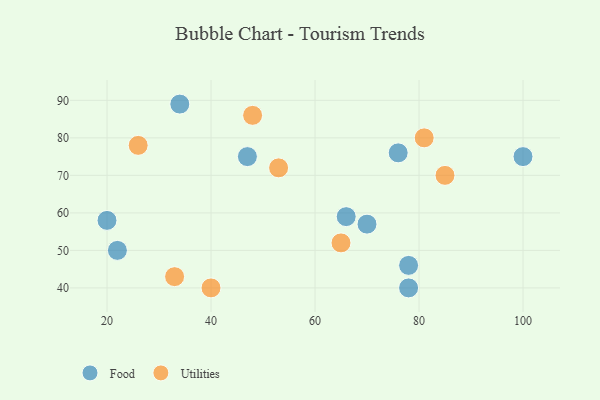
{"axis": {"x": "GDP", "y": "Life Expectancy"}, "legend": ["Food", "Utilities"], "data": [{"x": "34", "y": 89, "type": "Food"}, {"x": "76", "y": 76, "type": "Food"}, {"x": "70", "y": 57, "type": "Food"}, {"x": "20", "y": 58, "type": "Food"}, {"x": "22", "y": 50, "type": "Food"}, {"x": "78", "y": 40, "type": "Food"}, {"x": "66", "y": 59, "type": "Food"}, {"x": "100", "y": 75, "type": "Food"}, {"x": "47", "y": 75, "type": "Food"}, {"x": "78", "y": 46, "type": "Food"}, {"x": "40", "y": 40, "type": "Utilities"}, {"x": "81", "y": 80, "type": "Utilities"}, {"x": "33", "y": 43, "type": "Utilities"}, {"x": "48", "y": 86, "type": "Utilities"}, {"x": "65", "y": 52, "type": "Utilities"}, {"x": "53", "y": 72, "type": "Utilities"}, {"x": "26", "y": 78, "type": "Utilities"}, {"x": "85", "y": 70, "type": "Utilities"}]}